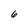
Character: 6